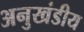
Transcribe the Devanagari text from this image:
अनुखंडीय